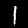
Digit: 1